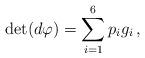
LaTeX: \begin{align*} \det(d\varphi)=\sum_{i=1}^6 p_ig_i\,,\end{align*}